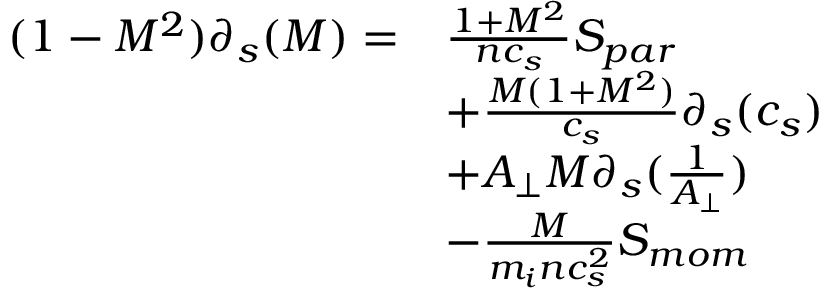
\begin{array} { r l } { ( 1 - M ^ { 2 } ) \partial _ { s } ( M ) = } & { \frac { 1 + M ^ { 2 } } { n c _ { s } } S _ { p a r } } \\ { ~ } & { + \frac { M ( 1 + M ^ { 2 } ) } { c _ { s } } \partial _ { s } ( c _ { s } ) } \\ { ~ } & { + A _ { \perp } M \partial _ { s } ( \frac { 1 } { A _ { \perp } } ) } \\ { ~ } & { - \frac { M } { m _ { i } n c _ { s } ^ { 2 } } S _ { m o m } } \end{array}